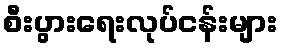
စီးပွားရေးလုပ်ငန်းများ